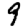
Digit: 9